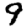
Digit: 9